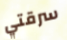
سرقتي